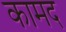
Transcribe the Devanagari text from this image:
कामद